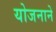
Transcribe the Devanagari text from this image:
योजनाने